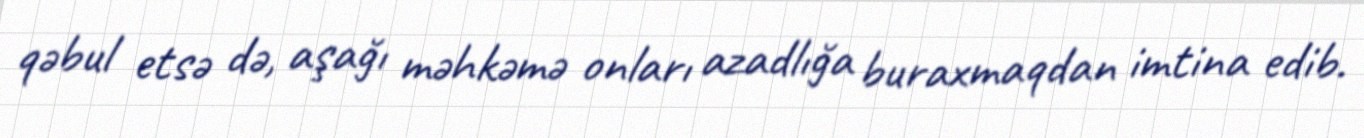
qəbul etsə də, aşağı məhkəmə onları azadlığa buraxmaqdan imtina edib.